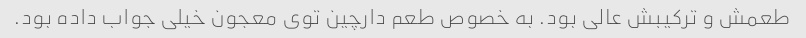
طعمش و ترکیبش عالی بود. به خصوص طعم دارچین توی معجون خیلی جواب داده بود.